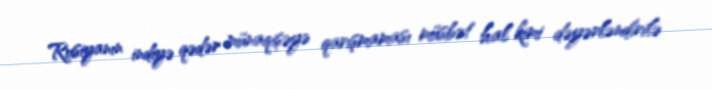
Rusiyanın indiyə qədər münaqişəyə qarışmaması müsbət hal kimi dəyərləndirilə